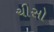
ચીસો